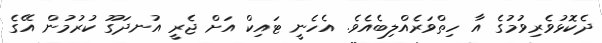
ދެކޮޅުވެރިވުމުގެ އާ ހިތްވަރެއްލިބެއެވެ. އެހެނީ ޓައިކް އަށް ޖެރީ އުނދަގޫ ކުރުމުން އޭގެ